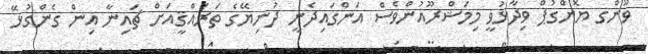
ވޫންގ ޔޮންގުޕް ވިދާޅުވީ މިމަޝްރޫއުންވެސް އަންގައިދެނީ ދުނިޔޭގެ ތަރައްޤީއަށް ޗައިނާ އިން ގެންގުޅޭ